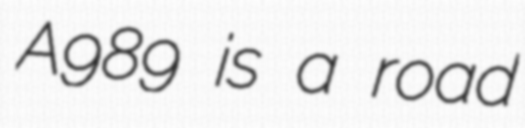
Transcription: A989 is a road